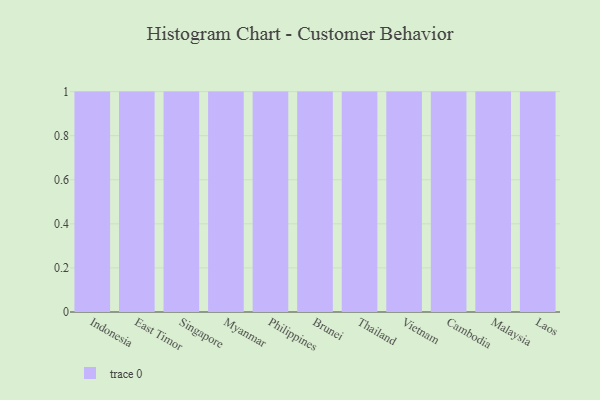
{"axis": {"x": "Country", "y": "Conversion Rate (%)"}, "legend": [""], "data": [{"x": "Indonesia", "y": 75, "type": ""}, {"x": "East Timor", "y": 89, "type": ""}, {"x": "Singapore", "y": 6, "type": ""}, {"x": "Myanmar", "y": 45, "type": ""}, {"x": "Philippines", "y": 65, "type": ""}, {"x": "Brunei", "y": 67, "type": ""}, {"x": "Thailand", "y": 92, "type": ""}, {"x": "Vietnam", "y": 23, "type": ""}, {"x": "Cambodia", "y": 70, "type": ""}, {"x": "Malaysia", "y": 89, "type": ""}, {"x": "Laos", "y": 95, "type": ""}]}